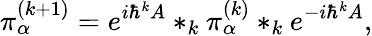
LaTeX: \pi_{\alpha}^{(k+1)}=e^{i\hbar^{k}A}*_{k}\pi_{\alpha}^{(k)}*_{k}e^{-i\hbar^{k}A},